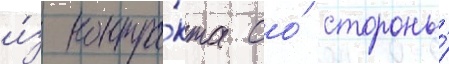
и́з контра́кта со́ стороны́